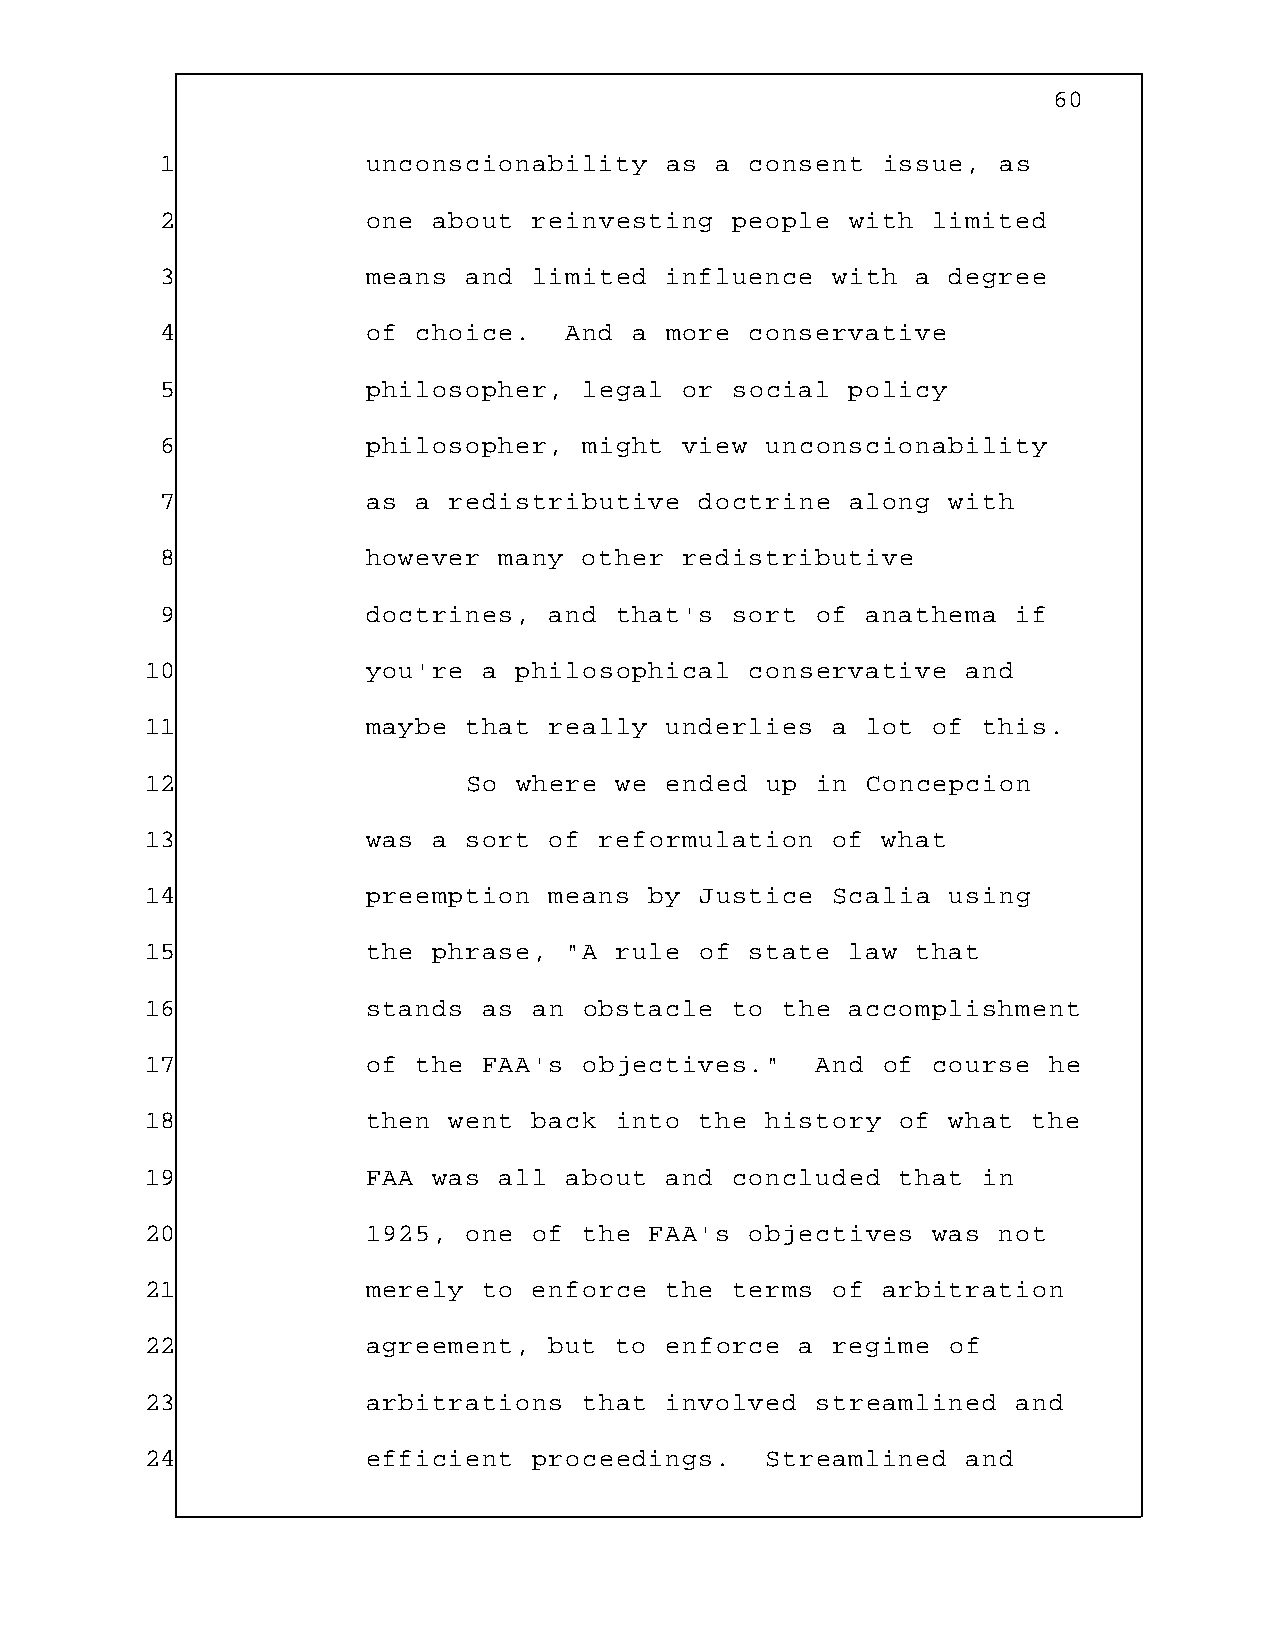
60
 1            unconscionability   as a  consent issue,  as
 2            one  about reinvesting   people with  limited
 3            means  and limited  influence  with  a degree
 4            of  choice.  And  a more  conservative
 5            philosopher,   legal or social  policy
 6            philosopher,   might view  unconscionability
 7            as  a redistributive  doctrine  along  with
 8            however  many  other redistributive
 9            doctrines,  and  that's  sort of anathema  if
 10            you're  a philosophical   conservative  and
 11            maybe  that really  underlies  a lot  of this.
 12                   So where  we ended  up in Concepcion
 13            was  a sort of  reformulation  of what
 14            preemption  means  by Justice  Scalia  using
 15            the  phrase, "A  rule of  state law  that
 16            stands  as an  obstacle to  the accomplishment
 17            of  the FAA's  objectives."   And of  course he
 18            then  went back  into the  history  of what the
 19            FAA  was all about  and  concluded  that in
 20            1925,  one of  the FAA's  objectives  was not
 21            merely  to enforce  the  terms of arbitration
 22            agreement,  but  to enforce  a regime  of
 23            arbitrations   that involved  streamlined  and
 24            efficient  proceedings.    Streamlined  and